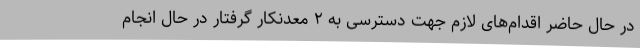
در حال حاضر اقدام‌های لازم جهت دسترسی به ۲ معدنکار گرفتار در حال انجام